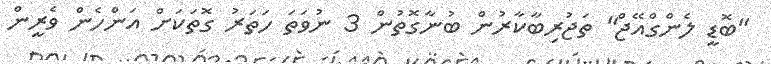
"ބޮޑީ ލެންގްއޭޖް" ތަޖުރިބާކާރުން ބުނާގޮތުން 3 ނުވަތަ ހަތަރު ގޮތަކަށް އަންހެން ވެރީން